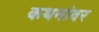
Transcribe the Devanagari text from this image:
कथनांवर